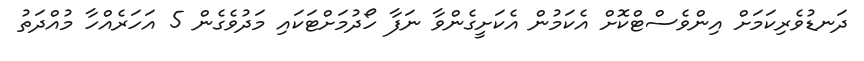
ދަނޑުވެރިކަމަށް އިންވެސްޓްކޮށް އެކަމުން އެކަށީގެންވާ ނަފާ ހޯދުމަށްޓަކައި މަދުވެގެން 5 އަހަރެއްހާ މުއްދަތު